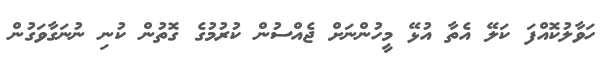
ހަވާލުކޮއްފަ ކަލޭ އެތާ އުޅޭ މީހުންނަށް ޖެއްސުން ކުރުމުގެ ގޮތުން ކުނި ނުނަގާވަގުން